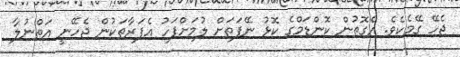
ޖެހޭ ގޭމެކެވެ. އެގޮތުން ކޮންޑަމްގެ ކޮޅު ނޭފަތަށް ލުމަށްފަހު އެފަރާތަކުން ޖެހޭނީ އަތްނުލާ